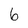
Character: 6